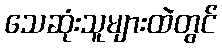
သေဆုံးသူများထဲတွင်